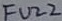
Text: FUZZ